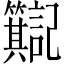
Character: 𫂮